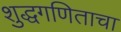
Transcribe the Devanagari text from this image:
शुद्धगणिताचा